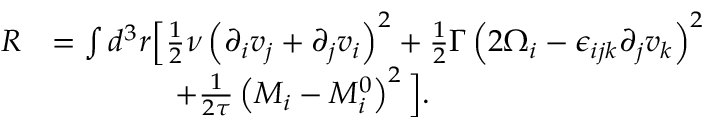
\begin{array} { r l } { R } & { = \int d ^ { 3 } r \Big [ \frac { 1 } { 2 } \nu \left( \partial _ { i } v _ { j } + \partial _ { j } v _ { i } \right) ^ { 2 } + \frac { 1 } { 2 } \Gamma \left( 2 \Omega _ { i } - \epsilon _ { i j k } \partial _ { j } v _ { k } \right) ^ { 2 } } \\ & { \quad \quad \quad \quad + \frac { 1 } { 2 \tau } \left( M _ { i } - M _ { i } ^ { 0 } \right) ^ { 2 } \Big ] . } \end{array}